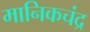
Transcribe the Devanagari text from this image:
मानिकचंद्र